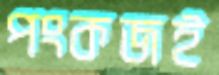
পংকজই